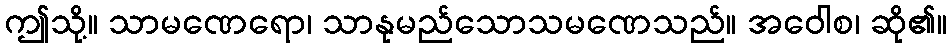
ဤသို့။ သာမဏေရော၊ သာနုမည်သောသမဏေသည်။ အဝေါစ၊ ဆို၏။